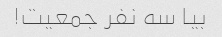
بیا سه نفر جمعیت!